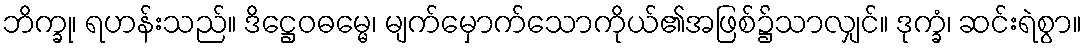
ဘိက္ခု၊ ရဟန်းသည်။ ဒိဋ္ဌေဝဓမ္မေ၊ မျက်မှောက်သောကိုယ်၏အဖြစ်၌သာလျှင်။ ဒုက္ခံ၊ ဆင်းရဲစွာ။